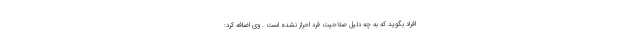
افراد بگوید که به چه دلیل صلاحیت فرد احراز نشده است . وی اضافه کرد: